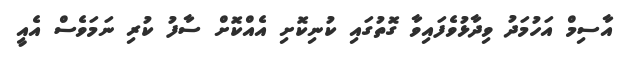
އާސިމް އަހުމަދު ވިދާޅުވެފައިވާ ގޮތުގައި ކުނިކޮށި އެއްކޮށް ސާފު ކުރި ނަމަވެސް އެއީ